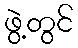
ဖွဲ့တွင်